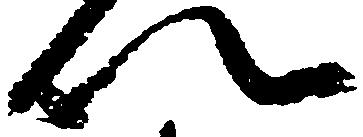
以